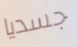
جسديا